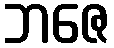
ဘဇေ